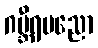
ဂမ္ဘီရပညော